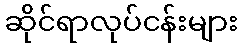
ဆိုင်ရာလုပ်ငန်းများ